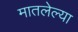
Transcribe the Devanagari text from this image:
मातलेल्या